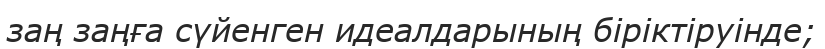
заң заңға сүйенген идеалдарының бiрiктiруiнде;